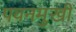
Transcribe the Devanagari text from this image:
पवनमुखी